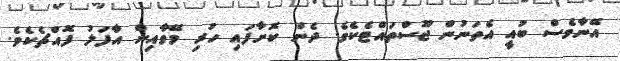
އޭނާވެސް ބުއީ އެތަނުން ޖޫސްތައްޓެކެވެ. ދެން ކޮށާފައި ހުރި މޭވާއިން އާފަލު ފޮއްޗެކެވެ.